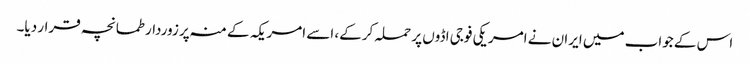
اس کے جواب میں ایران نے امریکی فوجی اڈوں پر حملہ کرکے، اسے امریکہ کے منہ پر زوردار طمانچہ قرار دیا۔